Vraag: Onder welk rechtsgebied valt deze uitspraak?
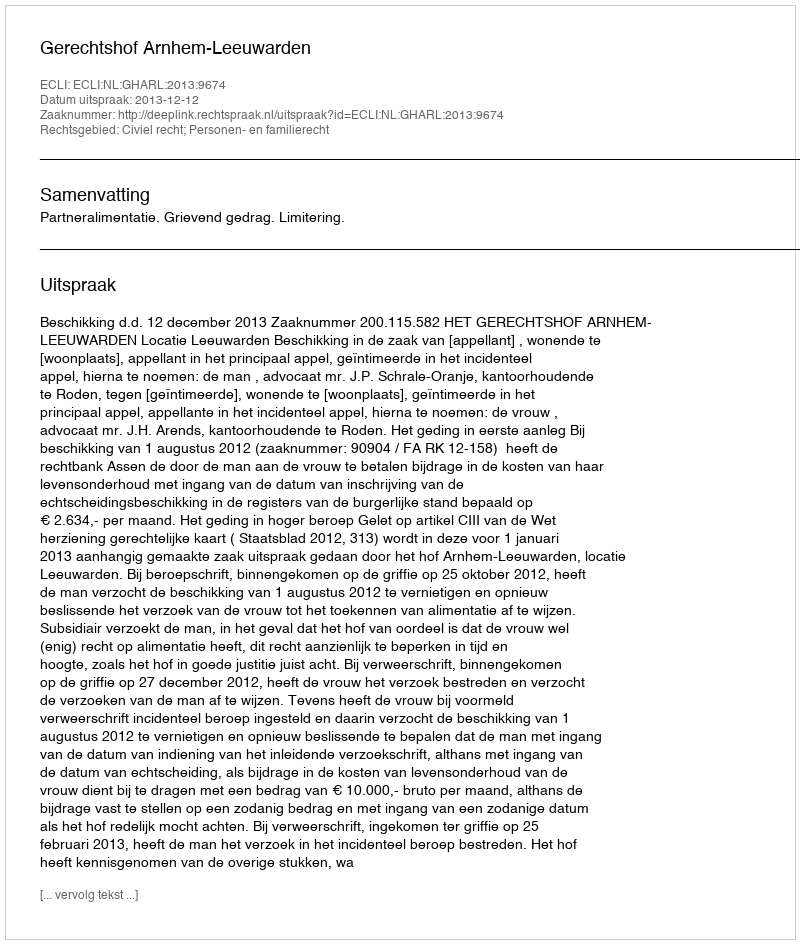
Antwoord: Civiel recht; Personen- en familierecht